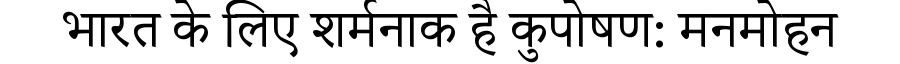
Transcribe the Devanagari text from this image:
भारत के लिए शर्मनाक है कुपोषण: मनमोहन